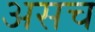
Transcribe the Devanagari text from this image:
असच